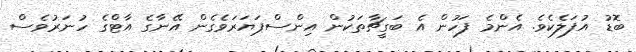
ބޮޑު އުފަލެކެވެ. އެންމެ ފަހުން އެ ބަގީޗާތަކުން އިންސްޕަޔަރަވެގެން އޭނާގެ އާޓްގެ ހުނަރުވެސް